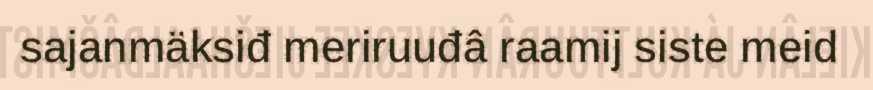
sajanmäksiđ meriruuđâ raamij siste meid